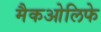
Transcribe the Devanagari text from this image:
मैकओलिफे